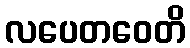
လပေတဝေတိ